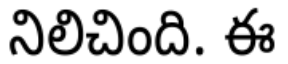
నిలిచింది. ఈ